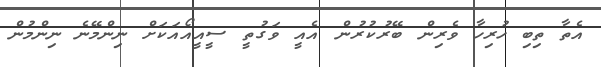
އެތާ ތިބި ހުރިހާ ވެރިން ބޭރުކުރުން އެއީ ވަގުތީ ސީއީއޯއަކަށް ނިންމޭނެ ނިންމުން